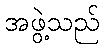
အဖွဲ့သည်